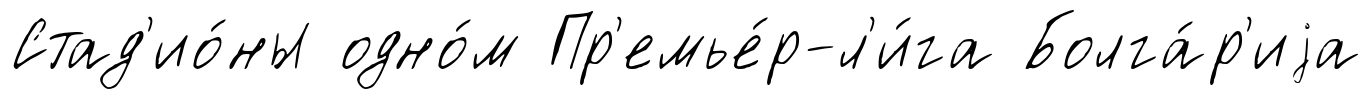
Стад'ио́ны одно́м Пр'емье́р-л'и́га Болга́р'иjа